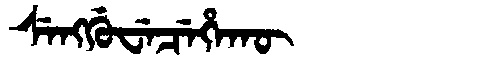
Manchu: ᠰᡝᠩᡤᡠᠸᡝᠴᡝᡥᠠᡴᡡ
Romanization: SENGGUWECEHAKŪ